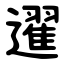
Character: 䢰